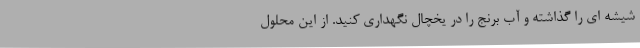
شیشه ای را گذاشته و آب برنج را در یخچال نگهداری کنید. از این محلول